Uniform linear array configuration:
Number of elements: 48
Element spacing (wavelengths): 1
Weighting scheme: exponential
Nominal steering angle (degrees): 60
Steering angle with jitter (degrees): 60.384
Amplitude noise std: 0.05
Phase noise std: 0.05

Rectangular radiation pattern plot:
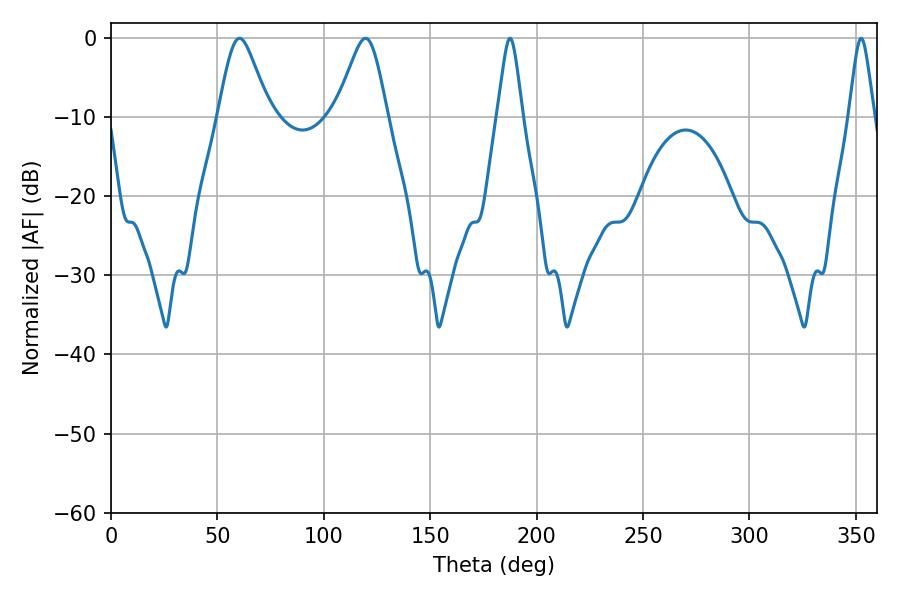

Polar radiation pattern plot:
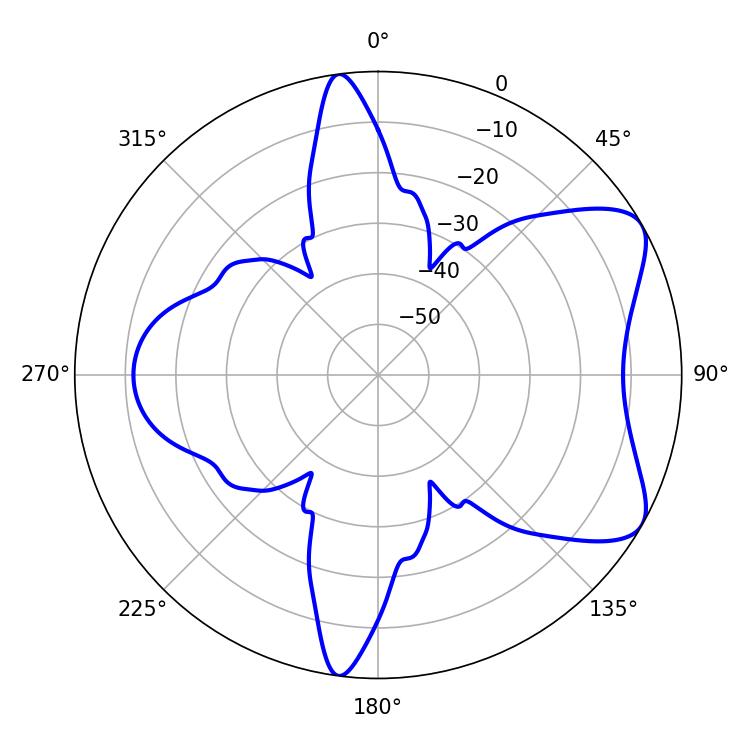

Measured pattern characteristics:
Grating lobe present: TRUE
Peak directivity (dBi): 7.032
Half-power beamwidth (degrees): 11.88
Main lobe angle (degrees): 60.48